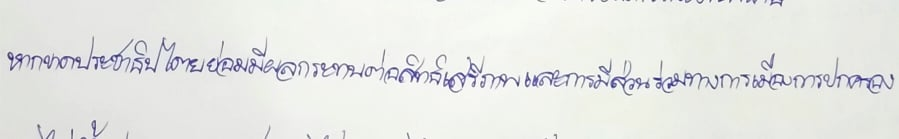
หากขาดประชาธิปไตยย่อมมีผลกระทบต่อสิทธิเสรีภาพและการมีส่วนร่วมทางการเมืองการปกครอง